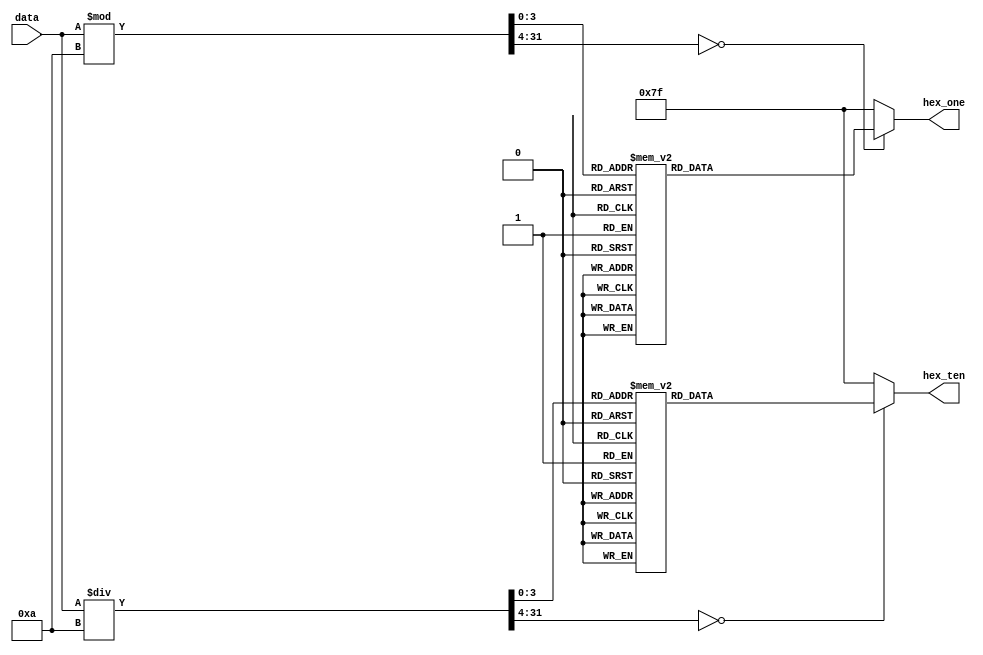

module HEXShow(
	input [5:0] data,
	output reg [6:0] hex_one,
	output reg [6:0] hex_ten
	);
	
	always @ (*)
	begin
		case (data % 10)
		0:hex_one = 7'b1000000;
		1:hex_one = 7'b1111001;
		2:hex_one = 7'b0100100;
		3:hex_one = 7'b0110000;
		4:hex_one = 7'b0011001;
		5:hex_one = 7'b0010010;
		6:hex_one = 7'b0000010;
		7:hex_one = 7'b1111000;
		8:hex_one = 7'b0000000;
		9:hex_one = 7'b0010000;
		default:hex_one = 7'b1111111;
		endcase
		case (data / 10)
		0:hex_ten = 7'b1000000;
		1:hex_ten = 7'b1111001;
		2:hex_ten = 7'b0100100;
		3:hex_ten = 7'b0110000;
		4:hex_ten = 7'b0011001;
		5:hex_ten = 7'b0010010;
		6:hex_ten = 7'b0000010;
		7:hex_ten = 7'b1111000;
		8:hex_ten = 7'b0000000;
		9:hex_ten = 7'b0010000;
		default:hex_ten = 7'b1111111;
		endcase
	end

endmodule